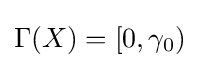
\Gamma (X)=[0,\gamma _{0})